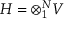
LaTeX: { \cal H } = \otimes _ { 1 } ^ { N } V